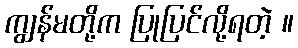
ကျွန်မတို့က ပြုပြင်လို့ရတဲ့ ။